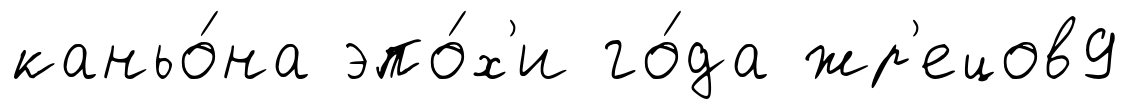
каньо́на эпо́х'и го́да жр'ецов9